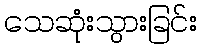
သေဆုံးသွားခြင်း